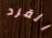
القرد